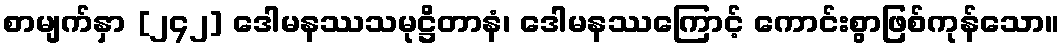
စာမျက်နှာ [၂၄၂] ဒေါမနဿသမုဋ္ဌိတာနံ၊ ဒေါမနဿကြောင့် ကောင်းစွာဖြစ်ကုန်သော။